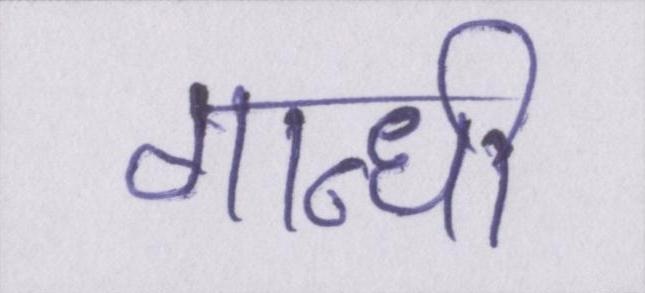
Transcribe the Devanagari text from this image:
गान्धी